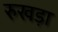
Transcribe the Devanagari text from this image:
रुखड़ा